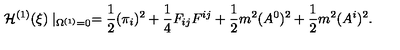
{ \cal H } ^ { ( 1 ) } ( \xi ) \mid _ { \Omega ^ { ( 1 ) } = 0 } = \frac { 1 } { 2 } ( \pi _ { i } ) ^ { 2 } + \frac { 1 } { 4 } F _ { i j } F ^ { i j } + \frac { 1 } { 2 } m ^ { 2 } ( A ^ { 0 } ) ^ { 2 } + \frac { 1 } { 2 } m ^ { 2 } ( A ^ { i } ) ^ { 2 } .